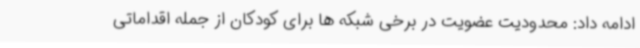
ادامه داد: محدودیت عضویت در برخی شبکه ها برای کودکان از جمله اقداماتی